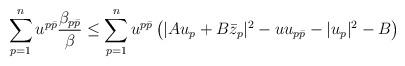
LaTeX: \begin{align*} \sum_{p=1}^n u^{p\bar{p}} \frac{\beta_{p\bar{p}}}{\beta} \leq \sum_{p=1}^n u^{p\bar{p}} \left ( \vert A u_p + B\bar z_{p}\vert^2 - u u_{ p \bar p} - \vert u_p\vert^2 - B\right)\end{align*}